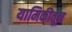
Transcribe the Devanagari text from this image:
यामिकीतून